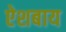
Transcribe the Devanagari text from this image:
ऐशबाय